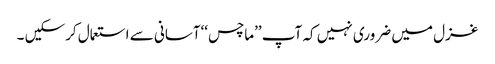
غزل میں ضروری نہیں کہ آپ ’’ماچس‘‘آسانی سے استعمال کرسکیں ۔